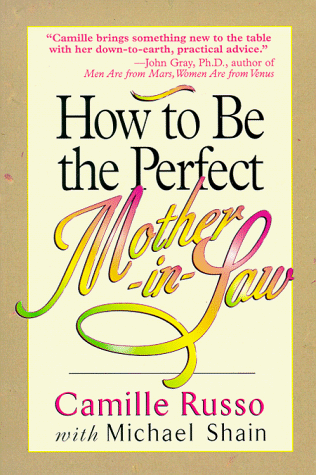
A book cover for How to Be the Perfect Mother-In-Law; Camille Russo; Parenting & Relationships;